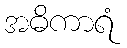
အဓိကာရံ